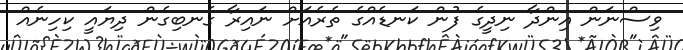
ވިސްނަން އިންދާ ނިދީގެ ފުން ކަނޑެއްގެ ތެރެއަށް ނައިރާ ގެނބިގެން ދިޔައީ ކިހިނެއް